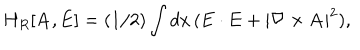
H _ { R } [ { \bf A } , { \bf E } ] = ( 1 / 2 ) \int d x \, ( { \bf E } \cdot { \bf E } + | \nabla \times { \bf A } | ^ { 2 } ) ,